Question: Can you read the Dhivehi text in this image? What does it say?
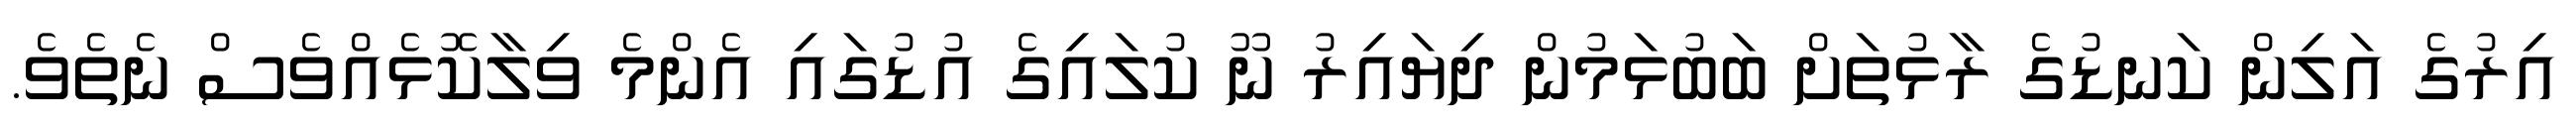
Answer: އިރުގެ އަލިން ކަނޑުގެ ރާޅުތަށް ބަބުޅަމުން ދިޔައިރު ނޫ ކުލައިގެ އުޑުގައި އެންމެ ވިލާކޮޅެއްވެސް ނެތެވެ.